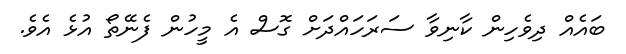
ބައެއް ދިވެހިން ކާނިވާ ސަރަހައްދަށް ގޮސް އެ މީހުން ފެނޭތޯ އުޅެ އެވެ.